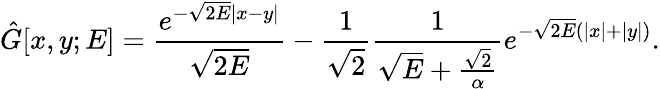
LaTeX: \hat{G}[x,y;E]=\frac{e^{-\sqrt{2E}|x-y|}}{\sqrt{2E}}-\frac{1}{\sqrt{2}}\frac{1}{\sqrt{E}+\frac{\sqrt{2}}{\alpha}}e^{-\sqrt{2E}(|x|+|y|)}.